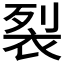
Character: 裂